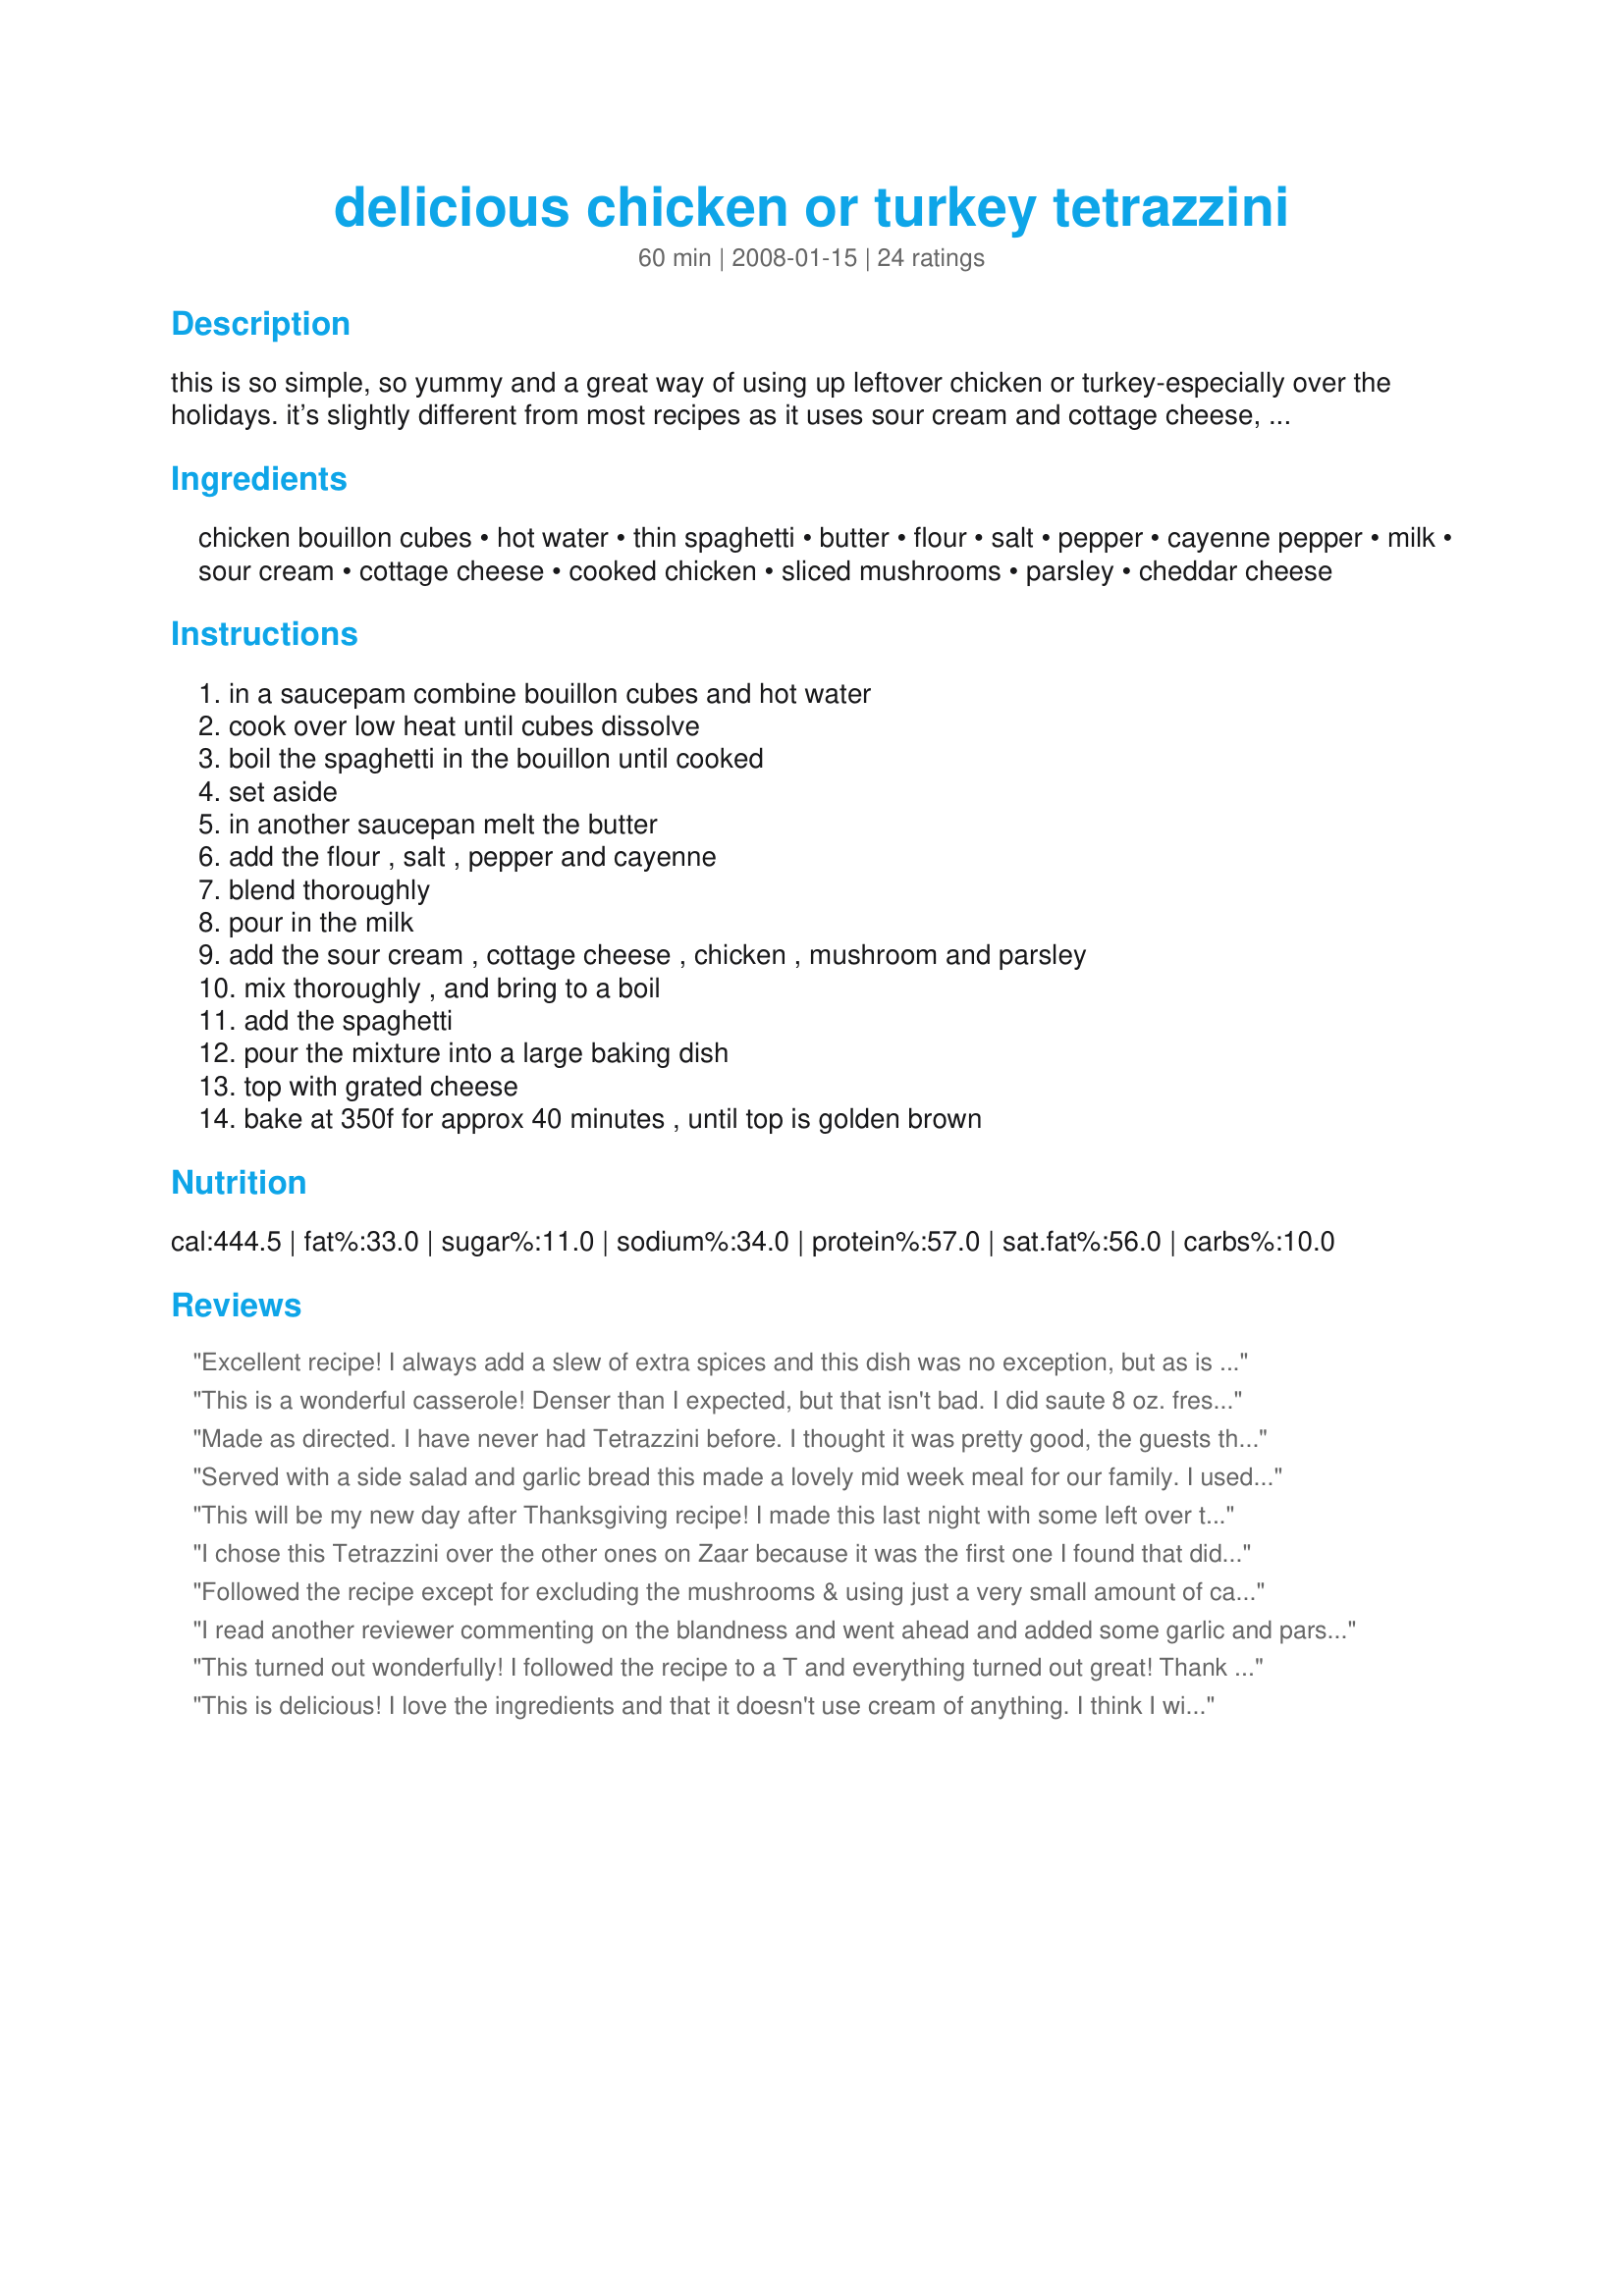
delicious chicken or turkey tetrazzini
Preparation time: 60 minutes

this is so simple, so yummy and a great way of using up leftover chicken or turkey-especially over the holidays. it’s slightly different from most recipes as it uses sour cream and cottage cheese, but it works a treat! a firm favourite in my house-especially with my husband, who is not a pasta fan. a real crowd pleaser!

Ingredients:
chicken bouillon cubes, hot water, thin spaghetti, butter, flour, salt, pepper, cayenne pepper, milk, sour cream, cottage cheese, cooked chicken, sliced mushrooms, parsley, cheddar cheese

Steps:
in a saucepam combine bouillon cubes and hot water, cook over low heat until cubes dissolve, boil the spaghetti in the bouillon until cooked, set aside, in another saucepan melt the butter, add the flour , salt , pepper and cayenne, blend thoroughly, pour in the milk, add the sour cream , cottage cheese , chicken , mushroom and parsley, mix thoroughly , and bring to a boil, add the spaghetti, pour the mixture into a large baking dish, top with grated cheese, bake at 350f for approx 40 minutes , until top is golden brown

Reviews:
Excellent recipe! I always add a slew of extra spices and this dish was no exception, but as is it would have been yummy too! I doubled the recipe. Very good! Thanks
This is a wonderful casserole! Denser than I expected, but that isn't bad. I did saute 8 oz. fresh mushrooms and added them instead of the 4 oz. canned mushrooms, and I used boxed chicken broth rather than the bouillon and water, but other than those two things, and maybe a little more grated cheese on top, I did exactly as directed. I recommend this highly!
Made as directed. I have never had Tetrazzini before. I thought it was pretty good, the guests that were over all loved it. So it passes the test! Great recipe, made for PRMR!!!!
Served with a side salad and garlic bread this made a lovely mid week meal for our family.
I used low fat cottage cheese and sour cream, I also subbed fresh mushrooms (sauteed in a pan with a litle butter) for the canned. Reviewed for PAC Spring 2008.
This will be my new day after Thanksgiving recipe! I made this last night with some left over turkey. I was a little nervous about the cottage cheese. However, it gave it a very rich flavor. We left out the mushrooms for personal preference. I don't agree with other reviewers that this is bland. I think it taste great. I waited to top with cheese until the last ten minutes of cooking. Thanks Noo.
I chose this Tetrazzini over the other ones on Zaar because it was the first one I found that didn't ask for Cream of Mushroom Soup. I dare to say that I liked this dish better than the thanksgiving dinner I had yesterday! This is a wonderful way to use up the left-over turkey. I used fresh mushrooms instead of canned, (I sauteed them in the butter before adding the flour). I also used Whole wheat pasta and added a little bit of bread crumbs on top of the cheese. It was bubbling and piping hot after cooking for 23 mins, so I took it out early.
This is a keeper. I'm recommending it to all my friends.
Followed the recipe except for excluding the mushrooms & using just a very small amount of cayenne pepper! VERY TASTY & MOST SATISFYING! Thanks for a keeper! [Tagged, made & reviewed in Please Review My Recipe]
I read another reviewer commenting on the blandness and went ahead and added some garlic and parsley. I also used chicken cooked with dill and found the flavour pretty good after that. I used about 1 cup of cheese on top. DD wasn't a big fan of it, and DH didn't like the mushrooms in it, but averaged out I came up with 4 stars.
This turned out wonderfully! I followed the recipe to a T and everything turned out great! Thank you Noo for a tasty keeper.
This is delicious! I love the ingredients and that it doesn't use cream of anything. I think I will cover it for part of the baking time next time because I'd like it a little more creamier. Wonderful recipe, though! Thanks for sharing!
Very delicious way to use leftover turkey. This is the 3rd tetrazzini recipe we've tried after Thanksgiving holiday and my DH says it was the best one! Instead of chicken bouillon and water, I used 2 cups of chicken stock. I drained the sliced mushrooms, and there was still plenty of moisture left. Overall a family-style dish that I will turn to again and again. Thanks, Noo! Made for PRMR tag game.
The only change I made was no mushrooms and to add a bit more pepper. Really easy and tasty way to use up leftovers, I didn't even mind it was dark meat. I've never had any other kind of Tetrazzini but, we enjoyed this a a lot.
This is totally awesome! Very delicious. I am also very pleased that this recipe does not call for condensed cream of mushroom soup. I was pleasantly surprised at the outcome when using sour cream and cottage cheese.
Followed directions pretty closely but used more (and a mix of several) cheeses, fresh mushrooms, and added about 1/4 cup chopped green onion. Would be easy to add other veggies like peas, broccoli, or celery. As other reviewers have noted - moist and creamy.
My whole family loves this recipe! Even my super picky little ones love this meal. I pretty much follow the recipe, I've used both turkey leftovers and rotiserrie chicken, it's good either way. I do cut the cottage cheese down to 3/4 cup and add a bit more milk to make it creamier. Great recipe!
Great way to use leftover chicken. As has been said before, the sour cream and cottage cheese keep this moist. I sauteed some fresh mushrooms for this and we enjoyed it. Thanks Noo for sharing. Made for PRMR tag.
This was so easy to make. I followed the directions to the T but as Lainey stated, I think next time I will cover it before baking. Mine turned out somewhat dry, even covering it the last 15 minutes of cooking time. I also saute fresh mushrooms in a little butter and added that instead of the canned. I also added extra cheddar cheese to the top. Thanks for sharing.
This was sooooo delicious. We loved the sour cream and cottage cheese in this. Best tetrazzini I've ever had. Thanks for posting .
Very good way to use up leftover turkey. I sauteed fresh mushroom slices instead of using jarred. The cottage cheese and sour cream keep this moist. Other Tetrazzini recipes I have tried are always too dry. Thanks for this keeper. BTW, Luisa Tetrazzini was an Italian opera Singer and this dish was invented for her c 1908 in San Francisco, at the Palace Hotel, where she lived.
Easy and delicious! Supper was a hit tonight with all of us. We found that it served 4 and we had some fresh veggies with it. I cooked the spaghetti in the same pan that I cooked the chicken in and it added some nice flavour. I also sauteed fresh mushrooms in the butter before I added the flour. This was done cooking at about 30 minutes. Made for PRMR. Thanks! :)
Family loved it even though they were a bit nervous about the name. Great to use leftovers. My only critique is the use of jarred mushrooms. If you'd like to use fresh like I did add them at to the butter just before the flour (about 4 good sized for 4 oz). Used corn spaghetti and it worked great.
YUM! I made this last night. I had some left over chicken and thought I would try to find a Tetrazzini recipe - I found a good one! I did add a clove of garlic, and used 1 tbl of butter and 1 tbl of olive oil to lighten up. Very good. My family really enjoyed!
This was an ok dish, but not one that was enthusiastically received. I am pretty sure I've never had tetrazzini - I guess it's just a little bland for us. I think it's a decent dish, and I think I'd bring it to a potluck, as many of the folks I know prefer things on the less adventurous side of cooking. I might add some garlic and more fresh herbs, though. I used gemelli rather than spaghetti, and I thought the dish improved after standing overnight and being heated in the microwave. Thanks for posting, at least now I know what this dish is about, and I appreciated that it does not use canned cream soup.
Tagged in Zaar Stars. Everyone enjoyed this, even the picky 6 yo ate it all (he's been complaining about all meat dishes lately!) I used chicken broth instead of hot water and added a little more bcz the noodles (w.w. spaghetti) soaked up too much b4 they were done. Used ricotta for the cottage and no mushrooms. The cayenne gave it a little kick, but not enough to put off the kids. I will add garlic next time to boost the flavor.
